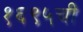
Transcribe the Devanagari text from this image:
१६९५ची